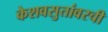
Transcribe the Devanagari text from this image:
केशवसुतांवरची